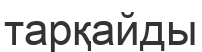
тарқайды